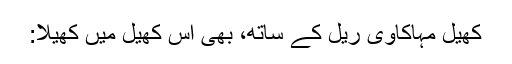
کھیل مہاکاوی ریل کے ساتھ، بھی اس کھیل میں کھیلا: